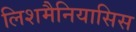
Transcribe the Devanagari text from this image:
लिशमैनियासिस